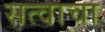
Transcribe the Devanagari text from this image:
सत्वाचा